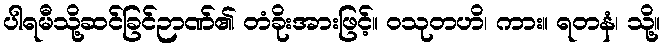
ပါရမီသို့ဆင်ခြင်ဉာဏ်၏ တံခိုးအားဖြင့်။ ဝသုတဟိ၊ ကား။ ရတနံ၊ သို့။